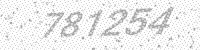
Solution: 781254